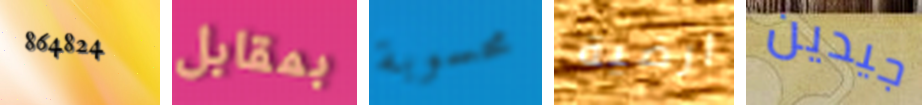
864824 بمقابل محسوبة ارضية جيدين